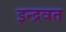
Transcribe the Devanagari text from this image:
इन्द्रवत